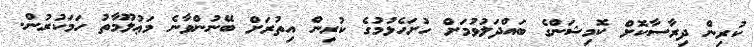
ކުރިން ދިރާސާކޮށް ކޮމިޝަންގެ ބައްދަލުވުމަށް ހުށަހެޅުމުގެ ކުރިން އިތުރަށް ބޭނުންވާނެ މަޢުލޫމާތު ހަމަކުރުން.